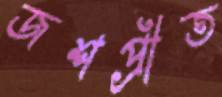
জশপ্রীত